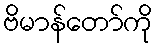
ဗိမာန်တော်ကို